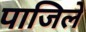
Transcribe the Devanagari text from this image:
पाजिले